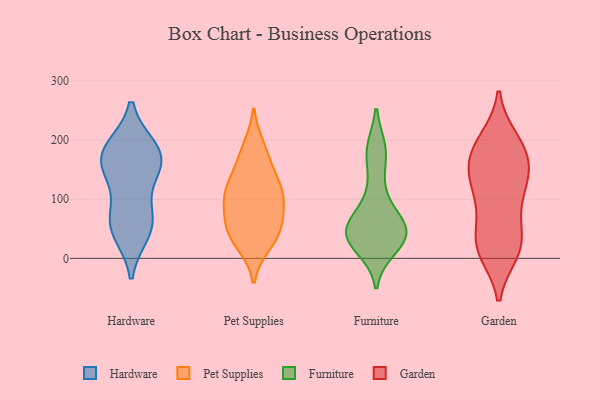
{"axis": {"x": "Waste Production (Tons)", "y": "Value"}, "legend": ["Furniture", "Garden", "Hardware", "Pet Supplies"], "data": [{"x": "", "y": 154, "type": "Hardware"}, {"x": "", "y": 186, "type": "Hardware"}, {"x": "", "y": 44, "type": "Hardware"}, {"x": "", "y": 180, "type": "Hardware"}, {"x": "", "y": 50, "type": "Hardware"}, {"x": "", "y": 76, "type": "Hardware"}, {"x": "", "y": 183, "type": "Hardware"}, {"x": "", "y": 146, "type": "Hardware"}, {"x": "", "y": 160, "type": "Hardware"}, {"x": "", "y": 66, "type": "Hardware"}, {"x": "", "y": 78, "type": "Pet Supplies"}, {"x": "", "y": 57, "type": "Pet Supplies"}, {"x": "", "y": 98, "type": "Pet Supplies"}, {"x": "", "y": 53, "type": "Pet Supplies"}, {"x": "", "y": 99, "type": "Pet Supplies"}, {"x": "", "y": 188, "type": "Pet Supplies"}, {"x": "", "y": 33, "type": "Pet Supplies"}, {"x": "", "y": 129, "type": "Pet Supplies"}, {"x": "", "y": 40, "type": "Pet Supplies"}, {"x": "", "y": 144, "type": "Pet Supplies"}, {"x": "", "y": 178, "type": "Pet Supplies"}, {"x": "", "y": 24, "type": "Pet Supplies"}, {"x": "", "y": 108, "type": "Pet Supplies"}, {"x": "", "y": 118, "type": "Pet Supplies"}, {"x": "", "y": 40, "type": "Furniture"}, {"x": "", "y": 66, "type": "Furniture"}, {"x": "", "y": 41, "type": "Furniture"}, {"x": "", "y": 19, "type": "Furniture"}, {"x": "", "y": 40, "type": "Furniture"}, {"x": "", "y": 40, "type": "Furniture"}, {"x": "", "y": 178, "type": "Furniture"}, {"x": "", "y": 183, "type": "Furniture"}, {"x": "", "y": 52, "type": "Furniture"}, {"x": "", "y": 110, "type": "Furniture"}, {"x": "", "y": 182, "type": "Garden"}, {"x": "", "y": 197, "type": "Garden"}, {"x": "", "y": 19, "type": "Garden"}, {"x": "", "y": 155, "type": "Garden"}, {"x": "", "y": 24, "type": "Garden"}, {"x": "", "y": 138, "type": "Garden"}, {"x": "", "y": 183, "type": "Garden"}, {"x": "", "y": 105, "type": "Garden"}, {"x": "", "y": 139, "type": "Garden"}, {"x": "", "y": 130, "type": "Garden"}, {"x": "", "y": 14, "type": "Garden"}, {"x": "", "y": 72, "type": "Garden"}, {"x": "", "y": 11, "type": "Garden"}, {"x": "", "y": 172, "type": "Garden"}, {"x": "", "y": 21, "type": "Garden"}, {"x": "", "y": 200, "type": "Garden"}, {"x": "", "y": 118, "type": "Garden"}, {"x": "", "y": 55, "type": "Garden"}]}